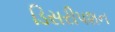
ડિસરીપશન